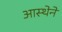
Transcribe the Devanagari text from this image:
आस्‍थेने